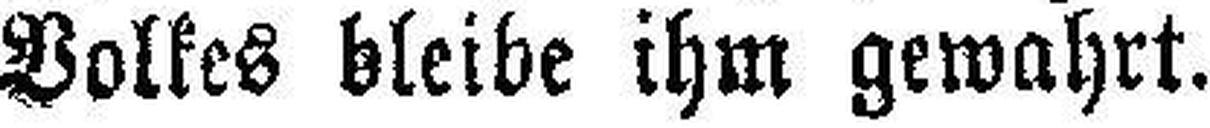
Volkes bleibe ihm gewahrt.